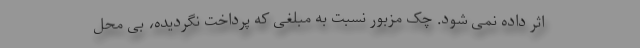
اثر داده نمی شود. چک مزبور نسبت به مبلغی که پرداخت نگردیده، بی محل